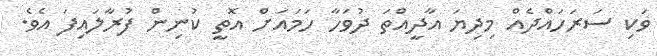
ވަކި ސަރަހައްދެއް މިދިޔަ އާދީއްތަ ދުވަހާ ހަމައަށް އޮތީ ކުނިން ފުރާލައިފަ އެވެ.